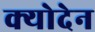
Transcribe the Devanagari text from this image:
क्योदेन